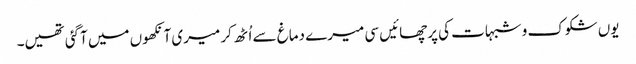
یوں شکوک و شبہات کی پرچھائیں سی میرے دماغ سے اُٹھ کر میری آنکھوں میں آگئی تھیں۔